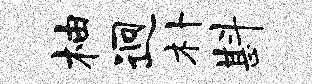
柚迥朴斟